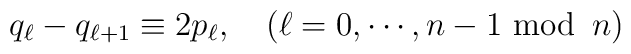
q_\ell -q_{\ell+1} \equiv  2p_\ell,\quad(\ell=0,\cdots,n-1 \mbox{ mod}\,\,\, n)